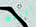
البلاك